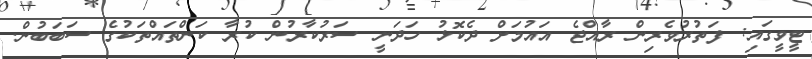
ޓީވީގައި: ފަތުރުވެރިން ރާއްޖެ އައުމަށް ދެކޮޅު ހަދަނީ ސަރުކާރުން ކުރާ ކަންތައްތަކުގެ ސަބަބުން.